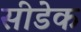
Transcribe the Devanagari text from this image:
सीडेक